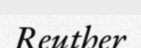
Reuther